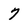
Character: 7